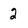
Character: 2